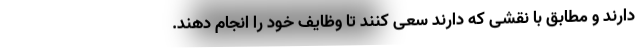
دارند و مطابق با نقشی که دارند سعی کنند تا وظایف خود را انجام دهند.